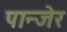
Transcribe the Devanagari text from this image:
पान्जेर